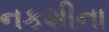
નકશીના